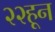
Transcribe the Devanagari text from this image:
२२हून